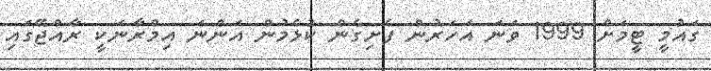
ގައުމީ ޓީމަށް 1999 ވަނަ އަހަރުން ފެށިގެން ކުޅެމުން އަންނަ އިމްރާނަކީ ރާއްޖޭގައި